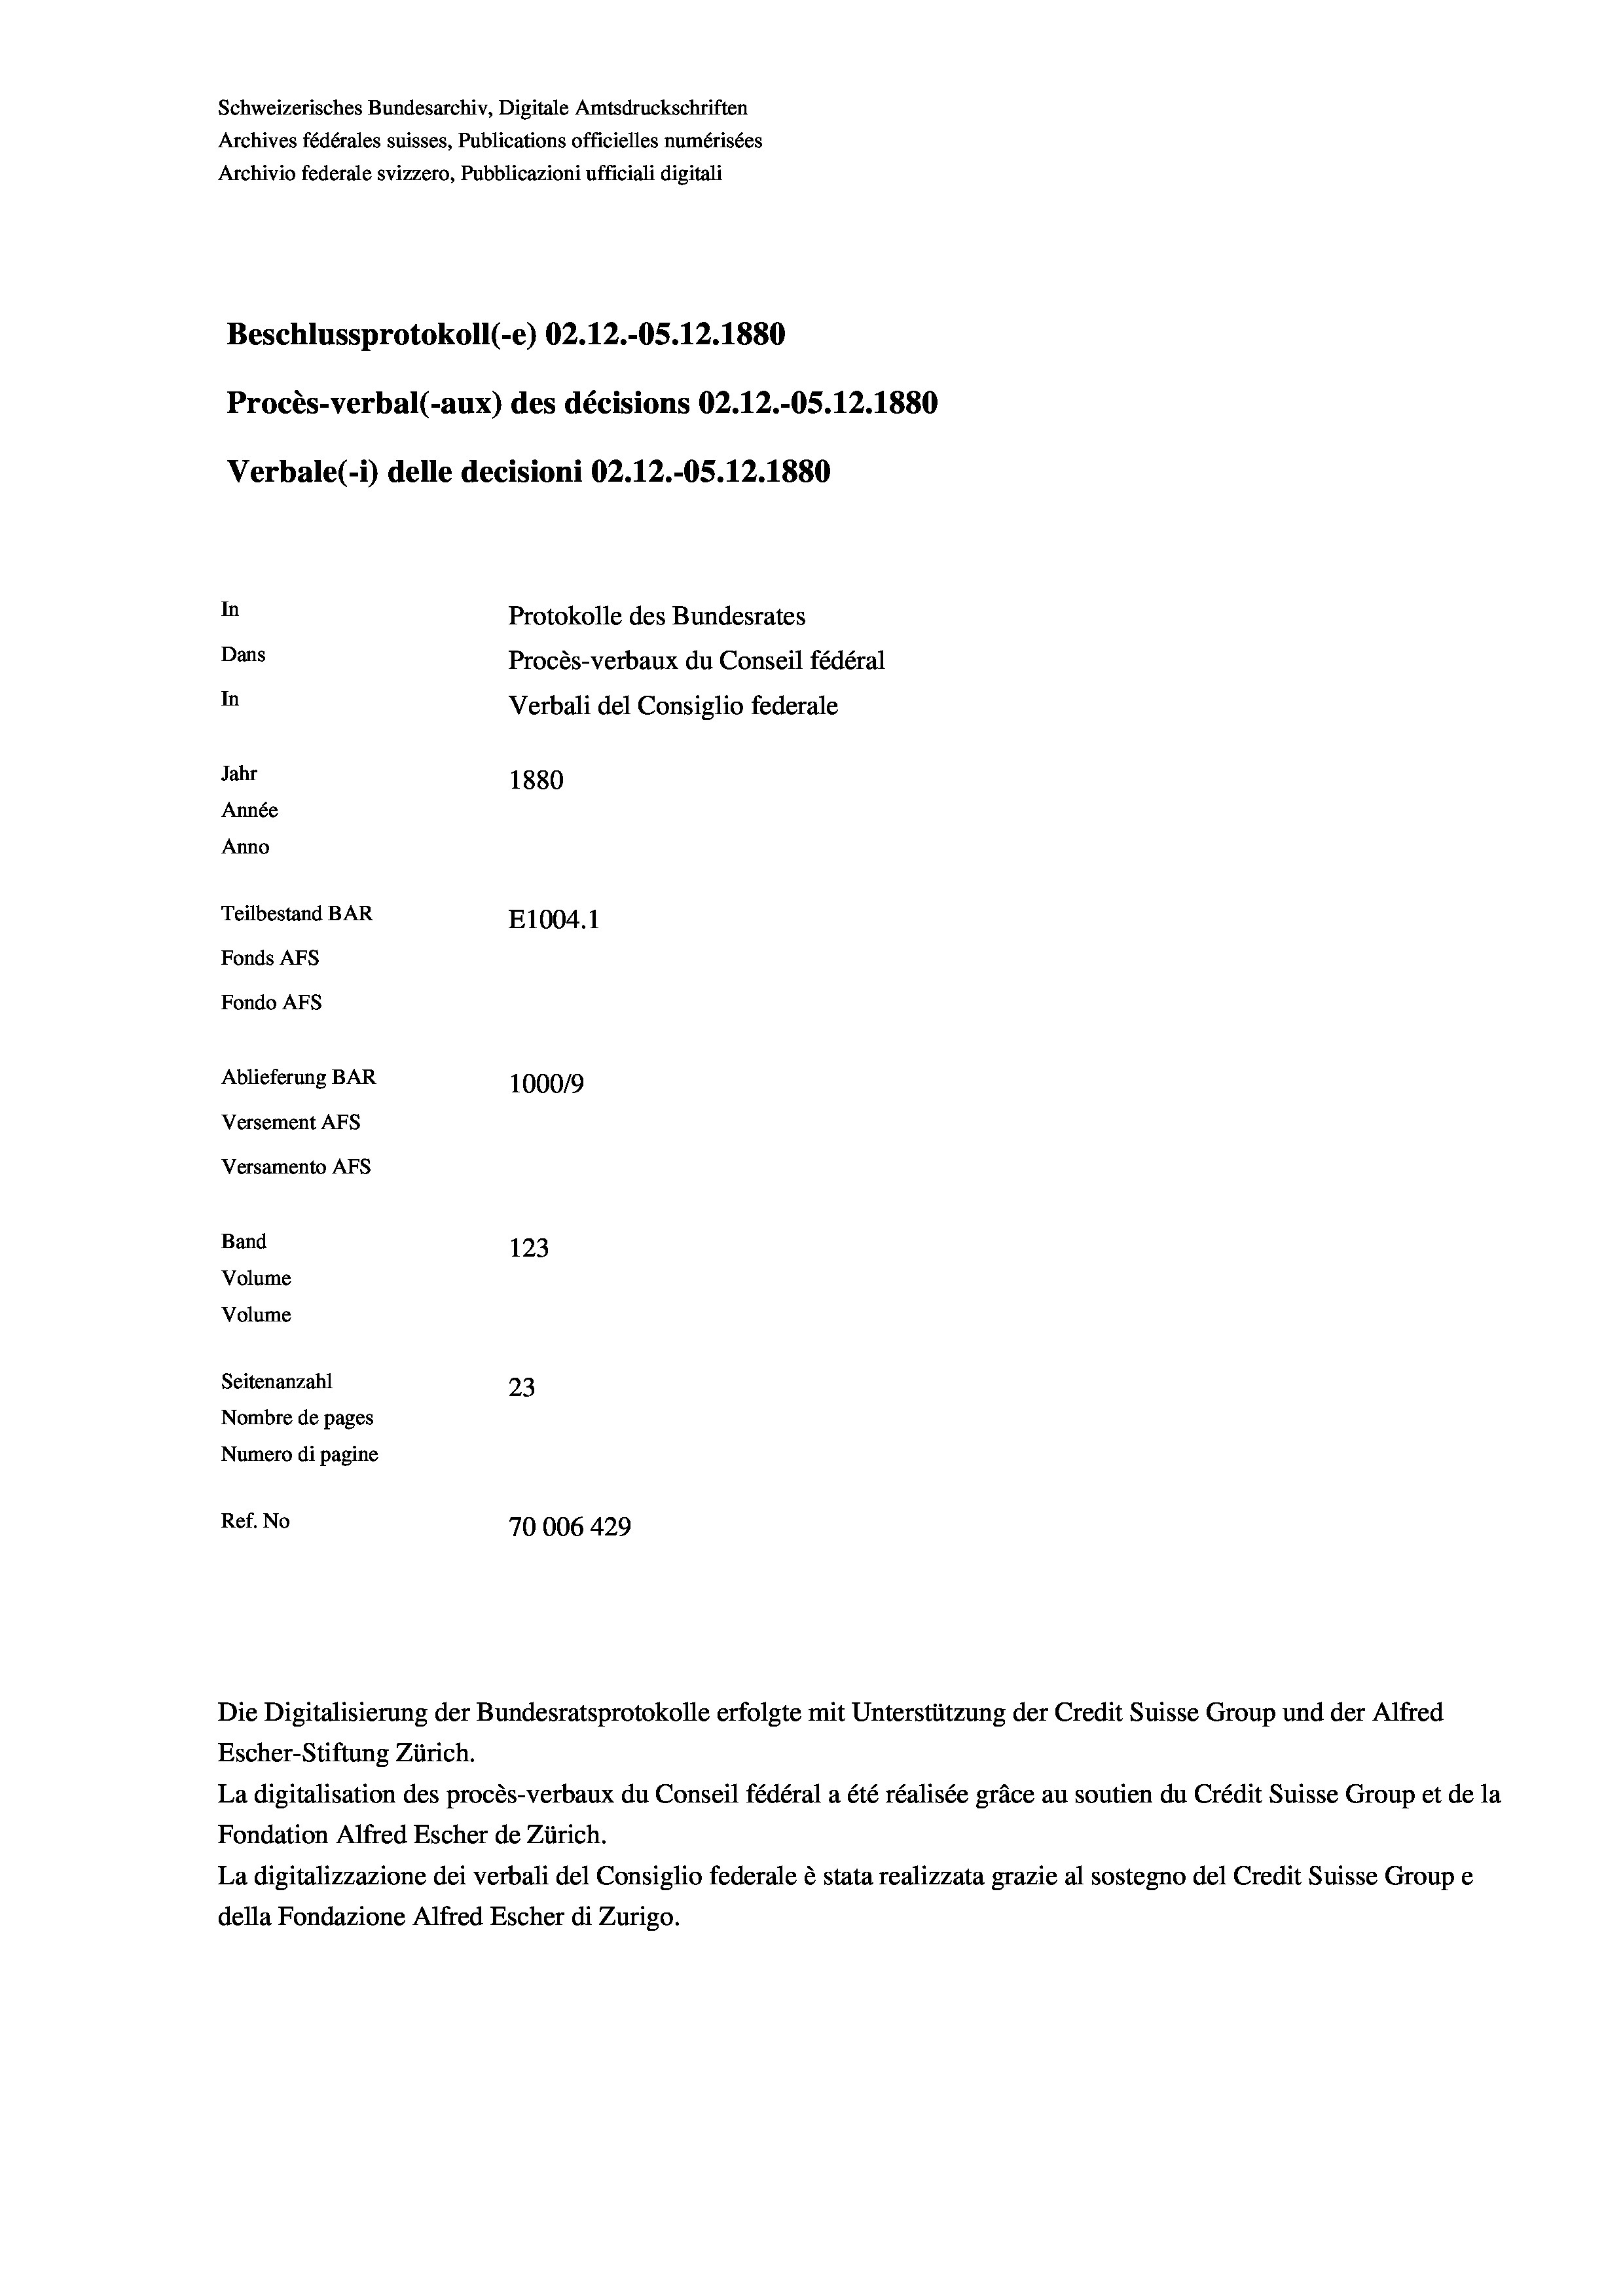
Schweizerisches Bundesarchiv, Digitale Amtsdruckschriften
Archives fédérales suisses, Publications officielles numérisées
Archivio federale svizzero, Pubblicazioni ufficiali digitali
Beschlussprotokoll (-e) 02.12.-OS.12.1880
Procès-verbal (-aux) des décisions 02.12.-OS.12.1880
Verbale(-*) delle decisioni 02.12.-OS.12.1880
In
Protokolle des Bundesrates
Dans
Procès-verbaux du Conseil fédéral
In
Verbali del Consiglio federale
Jahr
1880
Année
Anno
Teilbestand BAR
E1004. 1
Fonds AFs
Fondo AFS
Ablieferung BAR
100019
Versement AFs
Versamento Afs
Band
123
Volume
Volume
Seitenanzahl
23
Nombre de pages
Numero di pagine
Ref. No
70006 429

Die Digitalisierung der Bundesratsprotokolle erfolgte mit Unterstützung der Credit Suisse Group und der Alfred
Escher-Stiftung Zürich.
La digitalisation des procès-verbaux du Conseil fédéral a été réalisée gräce au soutien du Crédit Suisse Group et de la
Fondation Alfred Escher de Zürich.
La digitalizzazione dei verbali del Consiglio federale è stata realizzata grazie al sostegno del Credit Suisse Groupe
della Fondazione Alfred Escher di Zurigo.